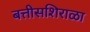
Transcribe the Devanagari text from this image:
बत्तीसशिराळा